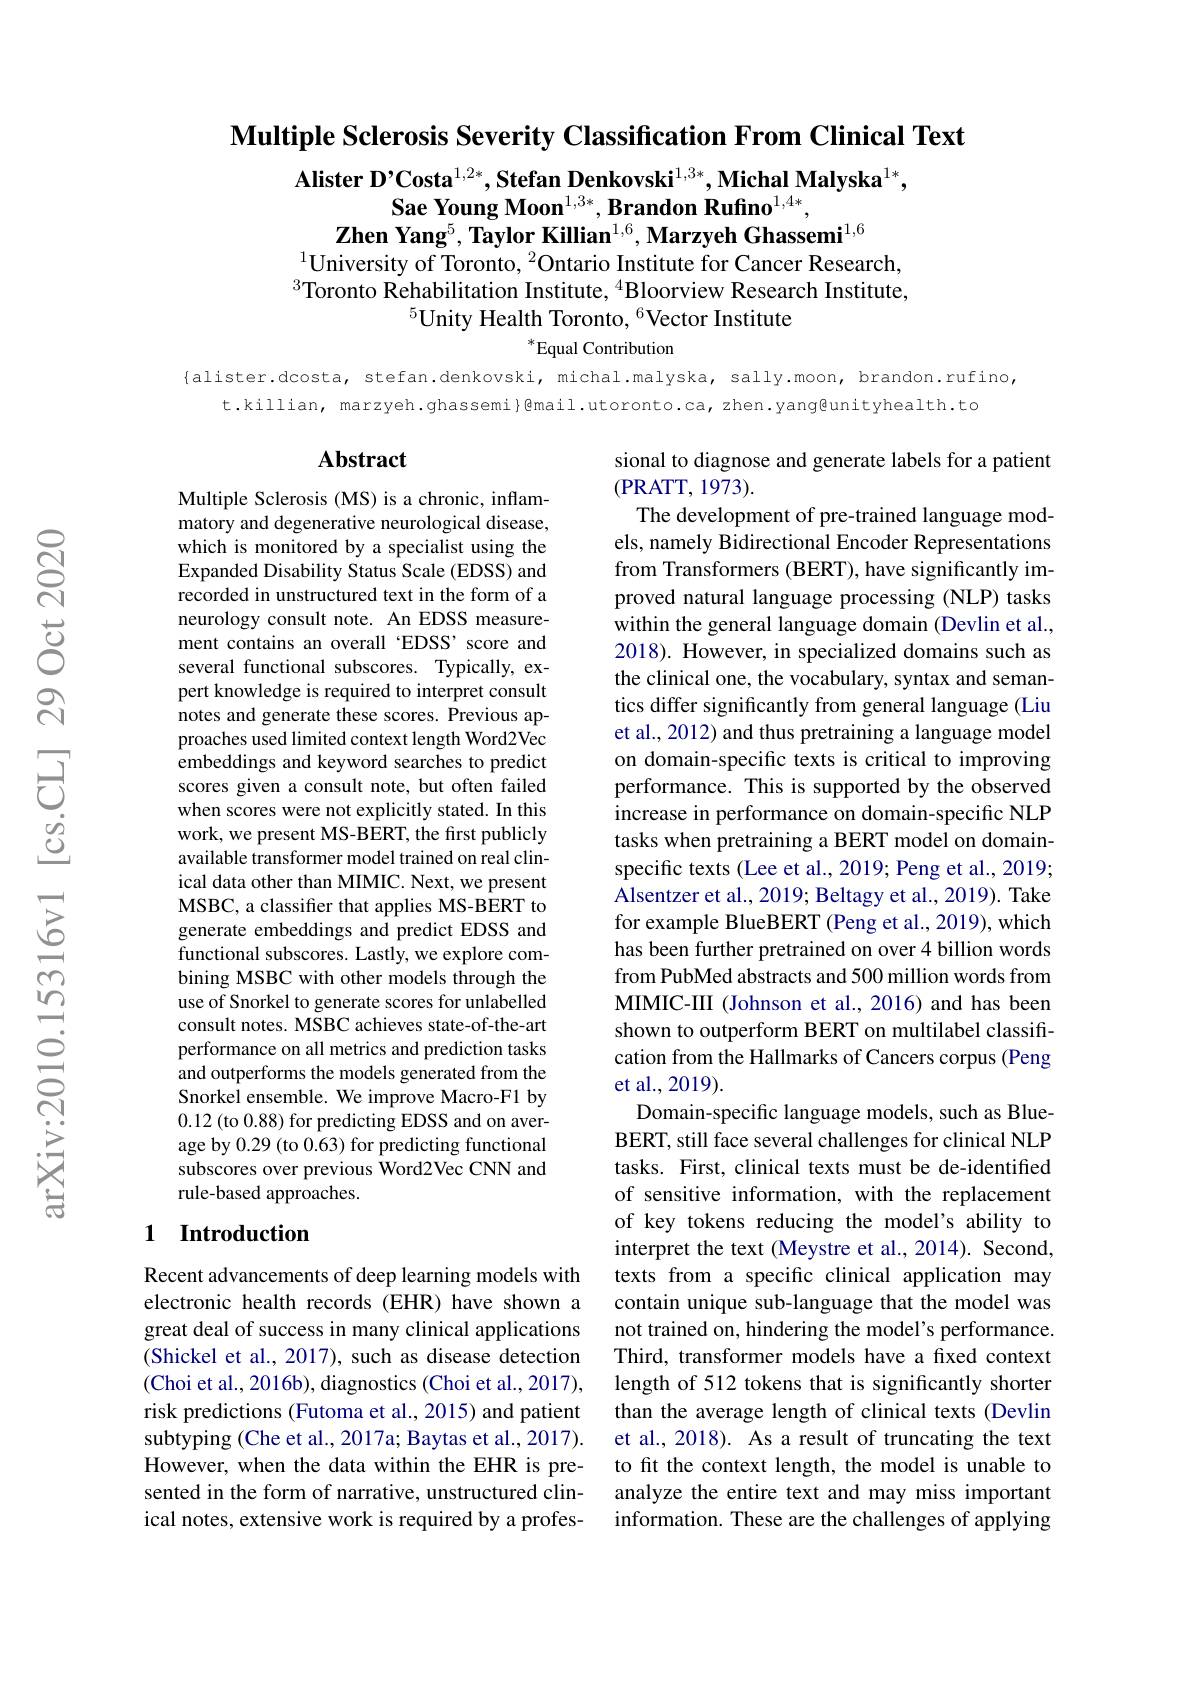
$\textbf{Multiple Sclerosis Severity Classification From Clinical Text}$

Alister D'Costa$^1,2*,\textbf{Stefan Denkovski}^{1,3*},\textbf{Michal Malyska}^{1*}$,
Sae Young Moon$^{1,3*},\textbf{Brandon Rufino}^{1,4*}$,
$\mathbf{Zhen~Yang}^5,\textbf{Taylor Killian}^{1,6},\textbf{Marzyeh Ghassemi}^{1,6}$
$^{1}$University of Toronto, $^2$Ontario Institute for Cancer Research, $^{3}$Toronto Rehabilitation Institute, $^{4}$Bloorview Research Institute,
$^{5}$Unity Health Toronto, $^{6}$Vector Institute
### $^{*}$Equal Contribution

{alister.dcosta, stefan.denkovski, michal.malyska, sally.moon, brandon.rufino,
t.killian, marzyeh.ghassemi}@mail.utoronto.ca,zhen.yang@unityhealth.to

### $\mathbf{Abstract}$

Multiple Sclerosis (MS) is a chronic, inflammatory and degenerative neurological disease, which is monitored by a specialist using the Expanded Disability Status Scale (EDSS) and recorded in unstructured text in the form of a neurology consult note. An EDSS measurement contains an overall EDSS' score and several functional subscores. Typically, expert knowledge is required to interpret consult notes and generate these scores. Previous approaches used limited context length Word2Vec embeddings and keyword searches to predict scores given a consult note, but often failed when scores were not explicitly stated. In this work, we present MS-BERT, the first publicly available transformer model trained on real clinical data other than MIMIC. Next, we present MSBC, a classifier that applies MS-BERT to generate embeddings and predict EDSS and functional subscores. Lastly, we explore combining MSBC with other models through the use of Snorkel to generate scores for unlabelled consult notes. MSBC achieves state-of-the-art performance on all metrics and prediction tasks and outperforms the models generated from the Snorkel ensemble. We improve Macro-F1 by 0.12(to 0.88) for predicting EDSS and on average by 0.29 (to 0.63) for predicting functional subscores over previous Word2Vec CNN and rule-based approaches.

sional to diagnose and generate labels for a patient
(PRATT, 1973).
The development of pre-trained language models, namely Bidirectional Encoder Representations from Transformers (BERT), have significantly improved natural language processing (NLP) tasks within the general language domain (Devlin et al., 2018). However, in specialized domains such as the clinical one, the vocabulary, syntax and semantics differ significantly from general language (Liu et al., 2012) and thus pretraining a language model on domain-specific texts is critical to improving performance. This is supported by the observed increase in performance on domain-specific NLP tasks when pretraining a BERT model on domainspecific texts (Lee et al., 2019; Peng et al., 2019; Alsentzer et al., 2019; Beltagy et al., 2019). Take for example BlueBERT (Peng et al., 2019), which has been further pretrained on over 4 billion words from PubMed abstracts and 500 million words from MIMIC-III (Johnson et al.,2016) and has been shown to outperform BERT on multilabel classification from the Hallmarks of Cancers corpus (Peng et al., 2019).
Domain-specific language models, such as BlueBERT, still face several challenges for clinical NLP tasks. First, clinical texts must be de-identified of sensitive information, with the replacement of key tokens reducing the model's ability to interpret the text (Meystre et al.,2014). Second, texts from a specific clinical application may contain unique sub-language that the model was not trained on, hindering the model's performance. Third, transformer models have a fixed context length of 512 tokens that is significantly shorter than the average length of clinical texts (Devlin et al., 2018). As a result of truncating the text to fit the context length, the model is unable to analyze the entire text and may miss important information. These are the challenges of applying

## 1 Introduction

Recent advancements of deep learning models with electronic health records (EHR) have shown a great deal of success in many clinical applications (Shickel et al., 2017), such as disease detection (Choi et al., 2016b), diagnostics (Choi et al., 2017), risk predictions (Futoma et al., 2015) and patient subtyping (Che et al., 2017a; Baytas et al., 2017). However, when the data within the EHR is presented in the form of narrative, unstructured clinical notes, extensive work is required by a profes-